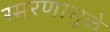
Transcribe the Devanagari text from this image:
स्‍मरणामुळे